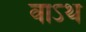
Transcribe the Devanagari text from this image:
वाऽथ